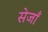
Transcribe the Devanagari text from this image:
सेजाँ